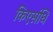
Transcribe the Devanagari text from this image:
किएसंधि